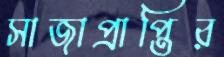
সাজাপ্রাপ্তির